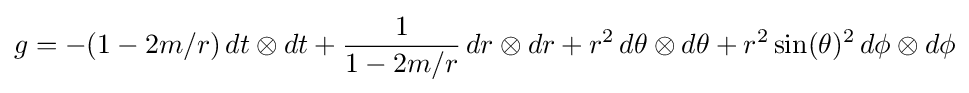
g=-(1-2m/r)\,dt\otimes dt+{\frac {1}{1-2m/r}}\,dr\otimes dr+r^{2}\,d\theta \otimes d\theta +r^{2}\sin(\theta )^{2}\,d\phi \otimes d\phi